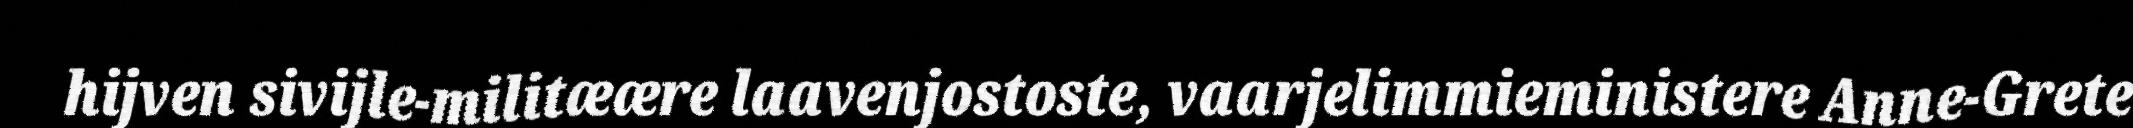
hijven sivijle-militæære laavenjostoste, vaarjelimmieministere Anne-Grete